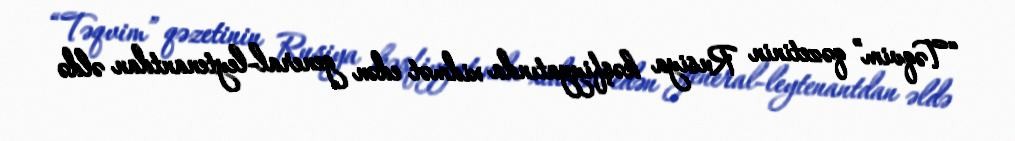
“Təqvim” qəzetinin Rusiya kəşfiyyatında xidmət edən general-leytenantdan əldə